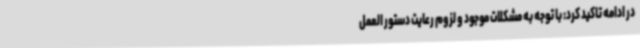
در ادامه تاکید کرد: با توجه به مشکلات موجود و لزوم رعایت دستور العمل